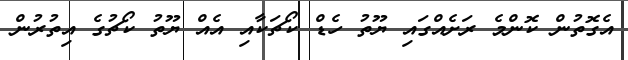
އެގޮތުން ކޮންމެ ރަށެއްގައި ޔޫތު ހެޑް ކޯޗަކާއި އެއް ޔޫތު ކޯޗުގެ އިތުރުން